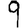
Digit: 9